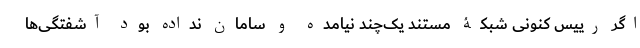
اگر رییس کنونی شبکۀ مستند یک‌چند نیامده و سامان نداده بود آشفتگی‌ها